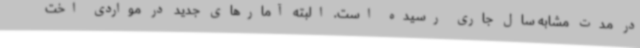
در مدت مشابه سال جاری رسیده است. البته آمارهای جدید در مواردی اخت